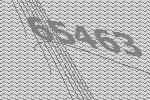
65463